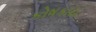
કોષકાય